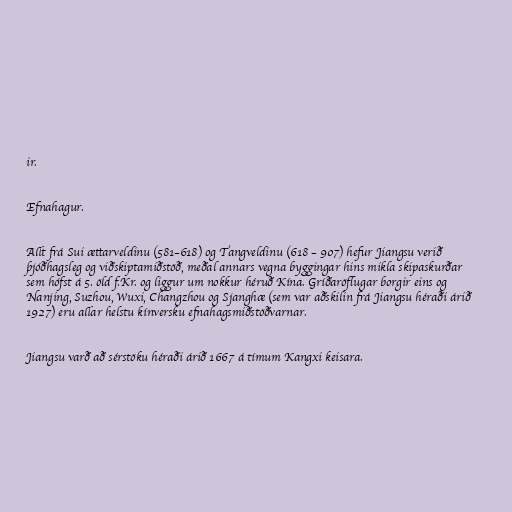
ir.

Efnahagur.

Allt frá Sui ættarveldinu (581–618) og Tangveldinu (618 – 907) hefur Jiangsu verið
þjóðhagsleg og viðskiptamiðstöð, meðal annars vegna byggingar hins mikla skipaskurðar
sem hófst á 5. öld f.Kr. og liggur um nokkur héruð Kína. Gríðaröflugar borgir eins og
Nanjing, Suzhou, Wuxi, Changzhou og Sjanghæ (sem var aðskilin frá Jiangsu héraði árið
1927) eru allar helstu kínversku efnahagsmiðstöðvarnar.

Jiangsu varð að sérstöku héraði árið 1667 á tímum Kangxi keisara.